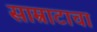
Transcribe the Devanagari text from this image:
साम्राटाचा